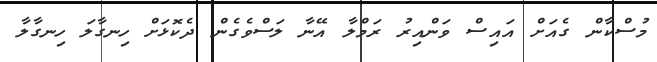
މުސްކާން ގެއަށް އައިސް ވަންއިރު ރަމްލާ އޭނާ ލަސްވެގެން ދެކޮޅަށް ހިނގާލަ ހިނގާލާ